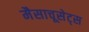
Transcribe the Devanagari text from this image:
मैसाचूसेट्स